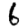
Digit: 6